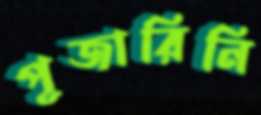
পূজারিনি